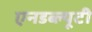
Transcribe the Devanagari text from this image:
एनडब्ल्यूटी